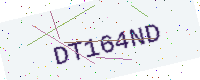
Text: DT164ND